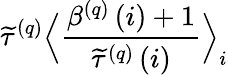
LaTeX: \widetilde{\tau}^{\left(q\right)}\Big\langle\frac{\beta^{\left(q\right)}\left(i\right)+1}{\widetilde{\tau}^{\left(q\right)}\left(i\right)}\Big\rangle_{i}